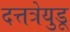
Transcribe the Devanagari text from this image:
दत्तत्रेयुडू